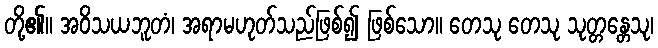
တို့၏။ အဝိသယဘူတံ၊ အရာမဟုတ်သည်ဖြစ်၍ ဖြစ်သော။ တေသု တေသု သုတ္တန္တေသု၊